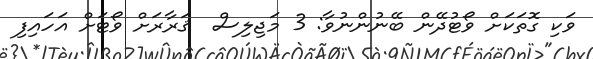
ވަކި ގޮތަކަށް ވޯޓުދޭން ބޭނުންނުވާ: 3 މަޖިލިސް  ޤަރާރަށް ވޯޓަށް އަހައިފި